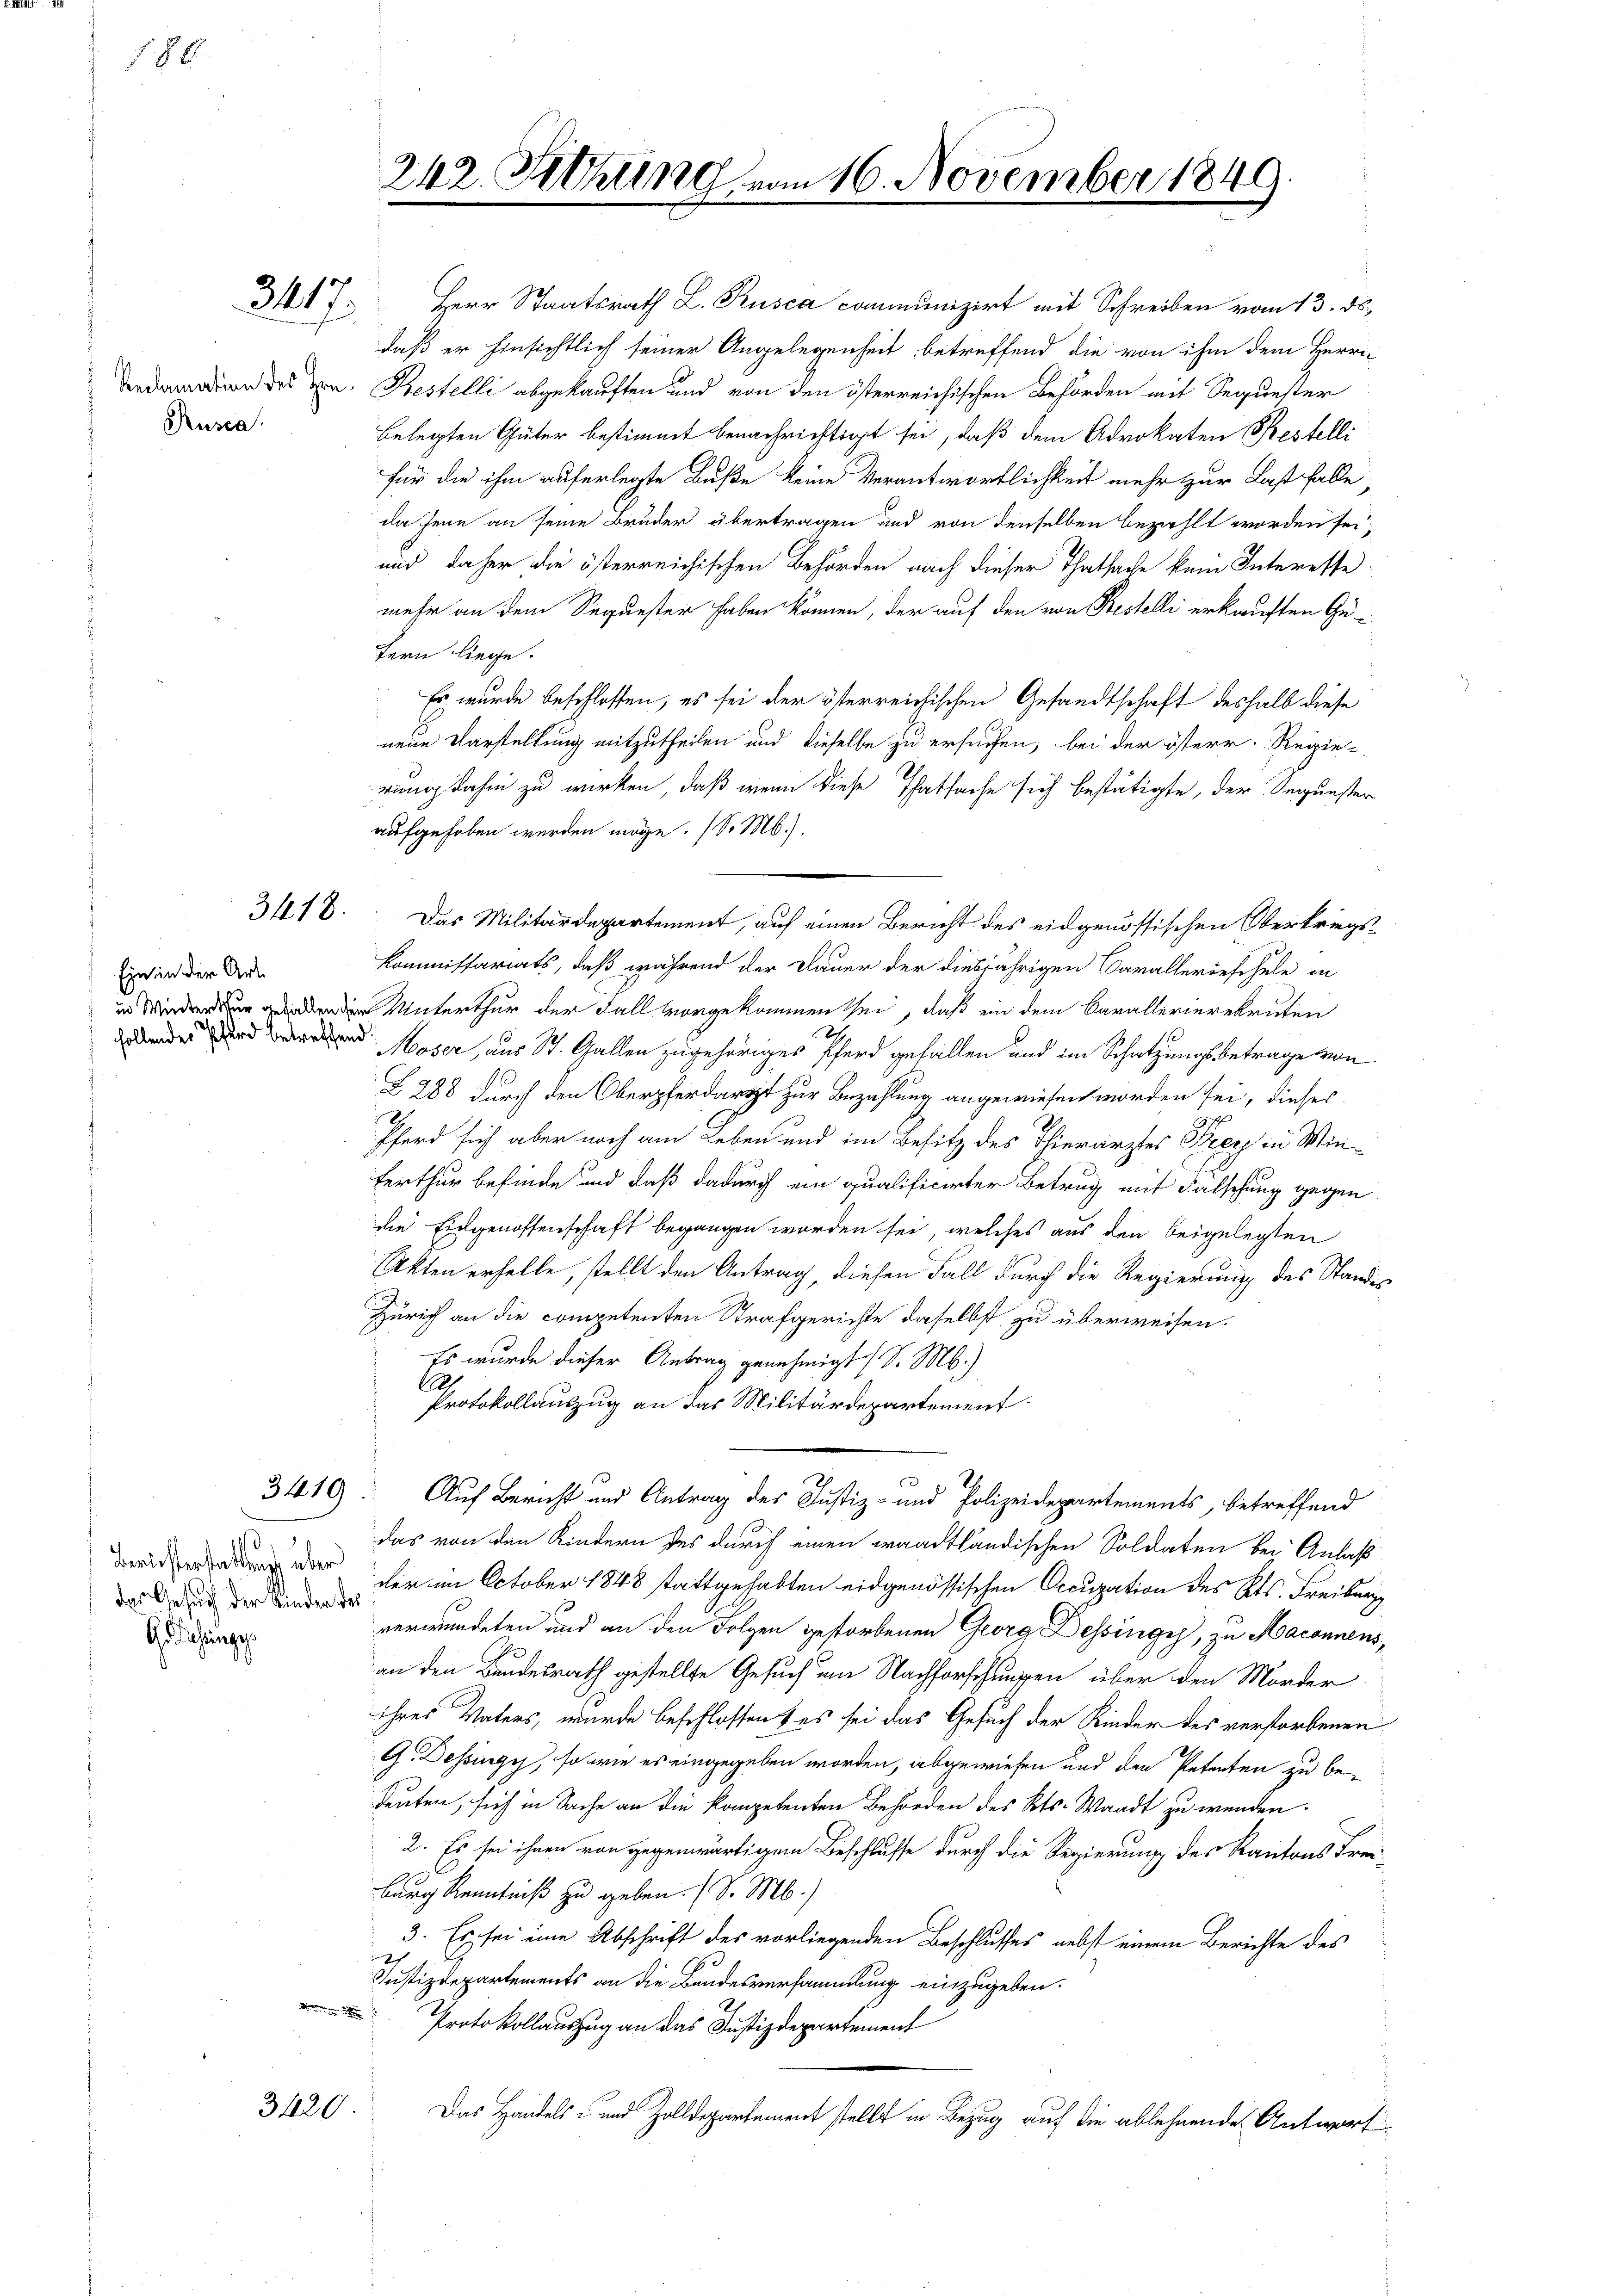
188

3217.

Rusca

3418.

Ein in der Art

belegten Güter bestimmt benachrichtigt sei, daß dem Advokaten Bestelli
für die ihm auferlegte Buße keine Verantwortlichkeit mehr zur Last falle,
da Jene an seine Bruder übertragen und von denselben bezahlt worden sei,
und daher die österreichischen Behörden nach dieser Thatsache kein Interesse
mehr an dem Sequester haben können, der auf den von Bestelli erkauften Gefern liege.
Es wurde beschlossen, es sei der österreichischen Gesandtschaft deshalb diese
neue Darstellung mitzutheilen und dieselbe zu ersuchen, bei der österr. Reizier-
rung dahin zu wirken, daß wenn diese Thatsache sich bestätigte, der Begünster
aufgehoben werden möge. (S. M.).
Das Militärdepartement, auf einen Bericht des eidgenössischen Oberkriegs¬
Kommissariats, daß während der Dauer der diesjährigen Carallerieschule in
 Unterthur der Fall vorgekommen sei, daß ein dem Carallerierekruten
den Moser, aus St. Gallen zugehöriges Pferd gefallen und im Schatzungsbetrage von
Z 288 durch den Oberpferdarzt zur Bezahlung angewiesen worden sei, dieses
2.
Pferd sich aber noch am Leben und im Besitz des Thierärztes Frey in Winferthur befinde und daß dadurch ein qualificirter Betrug mit Fälschung gegen
die Eidgenossenschaft begangen worden sei, welches aus den beigelegten
Akten erhelle, stellt den Antrag, diesen Fall durch die Regierung des Standes
Zürich an die competenten Strafgerichte daselbst zu überweisen.
Es wurde dieser Antrag genehmigt (S. M.)
.
Protokollauszug an das Militärdepartement
3419. Auf Bericht und Antrag des Justiz- und Polizeidepartements, betreffend
das von den Kindern des durch einen waadtländischen Soldaten bei Anlaß
 war den im October 1848 stattgehabten eidgenössischen Occupation des Kts. Freiburg
verwundeten und an den Folgen gestorbenen Georg Dessinge, zu Maconnensan den Bundesrath gestellte Gesuch um Nachforschungen über den Morder
ihres Vaters, wurde beschlossen & es sei das Gesuch der Kinder des verstorbenen
G. Dessingy, so wie es eingegeben worden, abgewiesen und den Petenten zu beleuten, sich in Sache an die kompetenten Behörden des Kts. Waadt zu werden.
2. Es sei ihnen von gegenwärtigem Beschlusse durch die Regierung des Kantons Frei-
burg Kenntniß zu geben. (S. M.)
3. Es sei eine Abschrift des vorliegenden Beschlusses nebst einem Berichte des
h
Justizdepartements an die Bandesversammlung einzugeben.
Protokollauszug an das Justizdepartement
3420
Das Handels- und Zolldepartement stellt in Bezug auf die ablehnende Antworf

das Gesuch der Kinder des
Gediehunge

242. Setzung vom 16. November 1849

Herr Staatsrath L. Rusca communizirt mit Schreiben vom 13. ds.
daß er hinsichtlich seiner Angelegenheit betreffend die von ihm dem Herri-
ain des von Bestelli abgekauften und von den österreichischen Behörden mit Sequester